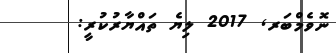
ނޮވެމްބަރ